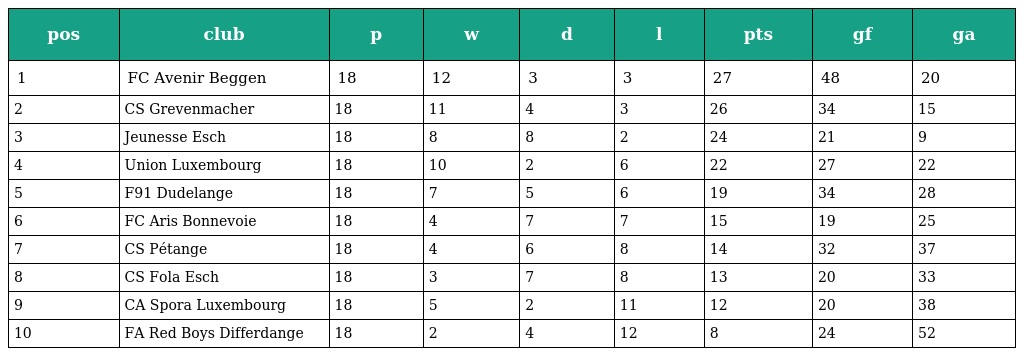
| pos | club | p | w | d | l | pts | gf | ga |
 | --- | --- | --- | --- | --- | --- | --- | --- | --- |
 | 1 | FC Avenir Beggen | 18 | 12 | 3 | 3 | 27 | 48 | 20 |
 | 2 | CS Grevenmacher | 18 | 11 | 4 | 3 | 26 | 34 | 15 |
 | 3 | Jeunesse Esch | 18 | 8 | 8 | 2 | 24 | 21 | 9 |
 | 4 | Union Luxembourg | 18 | 10 | 2 | 6 | 22 | 27 | 22 |
 | 5 | F91 Dudelange | 18 | 7 | 5 | 6 | 19 | 34 | 28 |
 | 6 | FC Aris Bonnevoie | 18 | 4 | 7 | 7 | 15 | 19 | 25 |
 | 7 | CS Pétange | 18 | 4 | 6 | 8 | 14 | 32 | 37 |
 | 8 | CS Fola Esch | 18 | 3 | 7 | 8 | 13 | 20 | 33 |
 | 9 | CA Spora Luxembourg | 18 | 5 | 2 | 11 | 12 | 20 | 38 |
 | 10 | FA Red Boys Differdange | 18 | 2 | 4 | 12 | 8 | 24 | 52 |